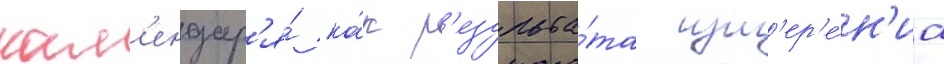
кал'ендар'я́ ка́к р'езульта́та изм'ер'е́н'иа